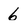
Character: 6